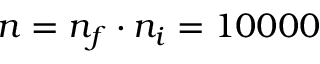
n = n _ { f } \cdot n _ { i } = 1 0 0 0 0